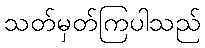
သတ်မှတ်ကြပါသည်